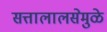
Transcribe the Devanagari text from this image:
सत्तालालसेमुळे